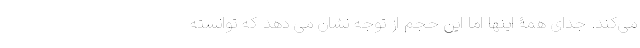
می‌کند. جدای همۀ اینها اما این حجم از توجه نشان می دهد که توانسته